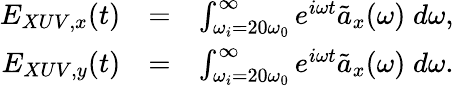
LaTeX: \begin{array}{rlr}{E_{XUV,x}(t)}&{=}&{\int_{\omega_{i}=20\omega_{0}}^{\infty}e^{i\omega t}\tilde{a}_{x}(\omega)\; d\omega,}\\ {E_{XUV,y}(t)}&{=}&{\int_{\omega_{i}=20\omega_{0}}^{\infty}e^{i\omega t}\tilde{a}_{x}(\omega)\; d\omega.}\end{array}